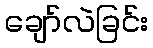
ချော်လဲခြင်း